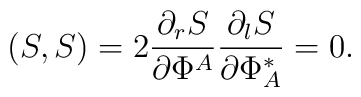
(S,S)=2\frac{\partial_r S}{\partial \Phi^A} \frac{\partial_lS}{\partial \Phi^{\ast}_A} =0.